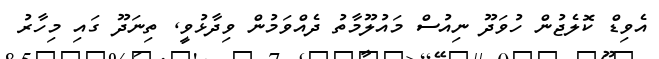
އެވިޑް ކޮލެޖުން ހުވަދޫ ނިއުސް މައުލޫމާތު ދެއްވަމުން ވިދާޅުވީ